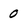
Character: 0